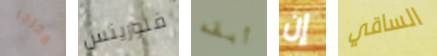
مخرجا فلورينس أبقه إن الساقي